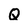
Character: Q